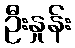
ဦးနှုန်း